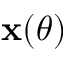
\mathbf { x } ( \theta )